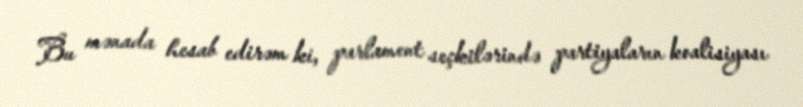
Bu mənada hesab edirəm ki, parlament seçkilərində partiyaların koalisiyası